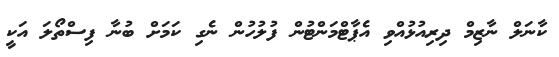
ކާނަލް ނާޒިމް ދިރިއުޅުއްވި އެޕާޓްމަންޓުން ފުލުހުން ނެގި ކަމަށް ބުނާ ފިސްތޯލަ އަކީ